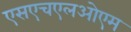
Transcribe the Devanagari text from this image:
एसएचएलओएम